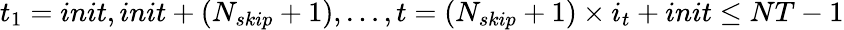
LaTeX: t_{1}=init,init+(N_{skip}+1),\ldots,t=(N_{skip}+1)\times i_{t}+init\le NT-1